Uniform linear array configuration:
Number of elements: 24
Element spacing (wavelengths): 1
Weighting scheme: blackman
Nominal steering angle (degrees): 0
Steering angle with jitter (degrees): -0.937
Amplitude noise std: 0.05
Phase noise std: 0.05

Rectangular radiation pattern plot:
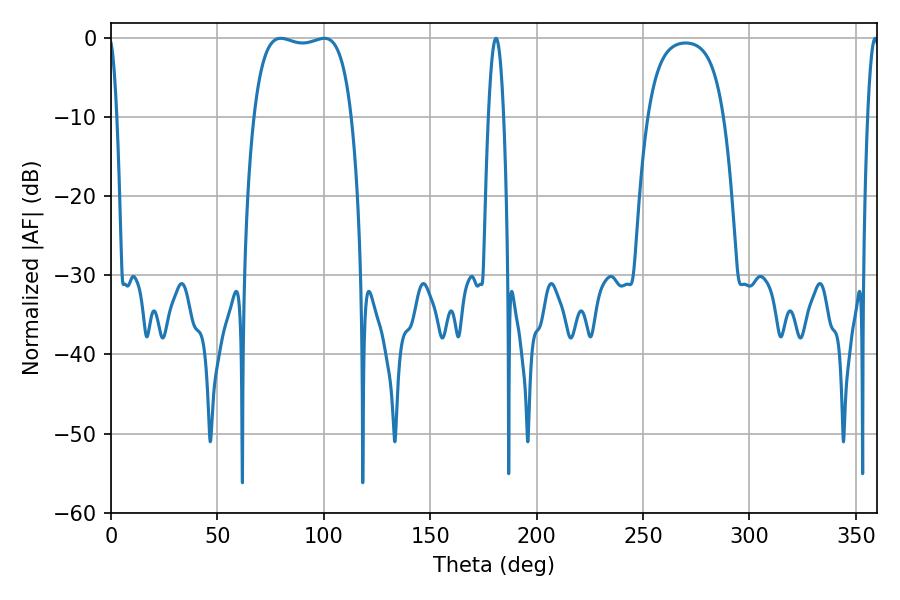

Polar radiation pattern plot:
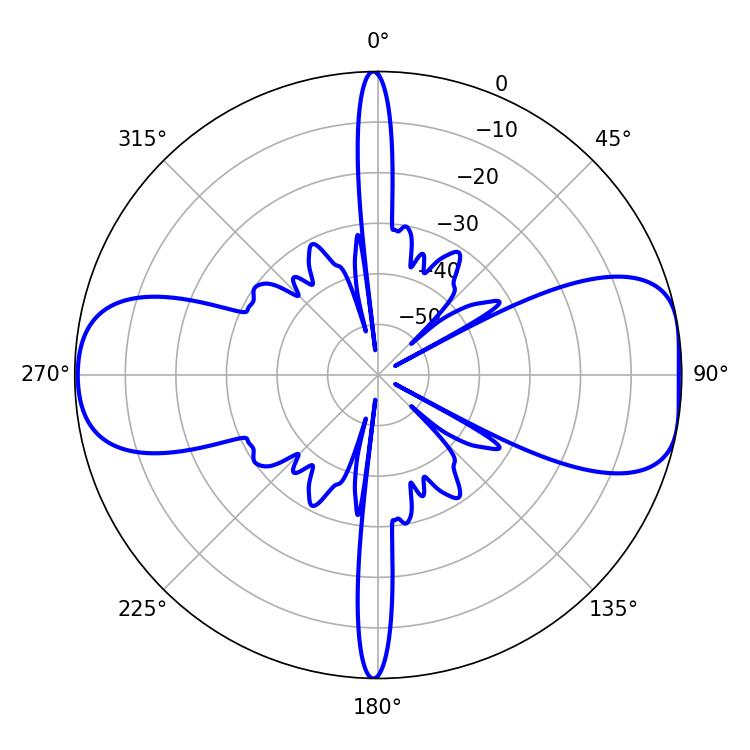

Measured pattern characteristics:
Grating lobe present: TRUE
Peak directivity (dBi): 9.228
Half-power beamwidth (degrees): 36.72
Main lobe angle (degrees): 79.74